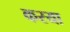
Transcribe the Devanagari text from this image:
करया